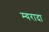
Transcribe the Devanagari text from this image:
म्यरादा